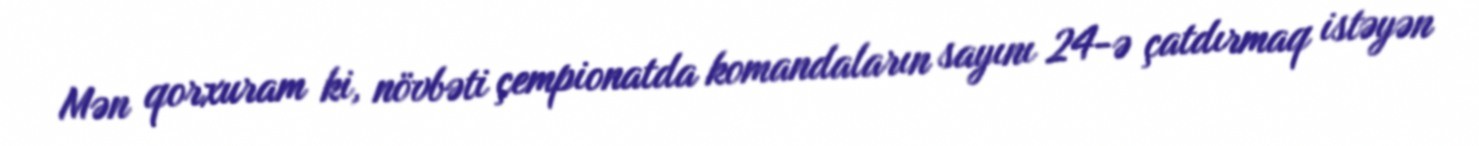
Mən qorxuram ki, növbəti çempionatda komandaların sayını 24-ə çatdırmaq istəyən